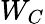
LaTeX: W_{C}